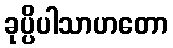
ခုပ္ပိပါသာဟတော